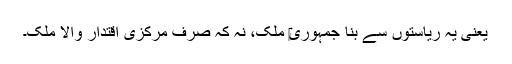
یعنی یہ ریاستوں سے بنا جمہوری‎ ملک، نہ کہ صرف مرکزی اقتدار والا ملک۔